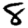
Digit: 8